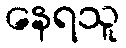
နေရသူ